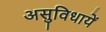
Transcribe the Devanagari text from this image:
असुविधायें